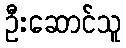
ဦးဆောင်သူ